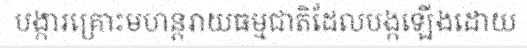
បង្ការគ្រោះមហន្តរាយធម្មជាតិដែលបង្កឡើងដោយ